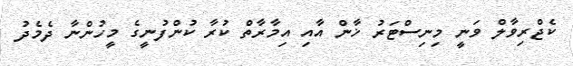
ކެޖްރިވާލް ވަނީ މިނިސްޓަރު ޚާން އާއި އިމާރާތް ކުރާ ކުންފުނީގެ މީހުންނާ ދެމެދު